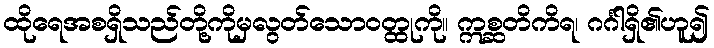
ထိုရေအစရှိသည်တို့ကိုမှလွတ်သောဝတ္ထုကို။ ဣစ္ဆတိကိရ၊ ဂင်္ဂါရှိ၏ဟူ၍